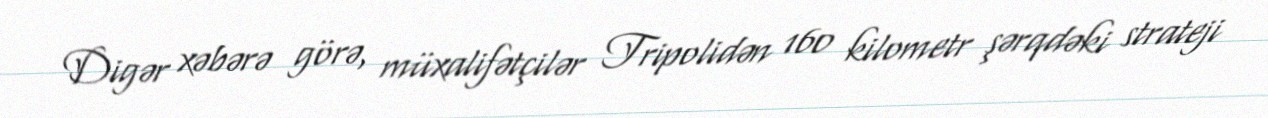
Digər xəbərə görə, müxalifətçilər Tripolidən 160 kilometr şərqdəki strateji